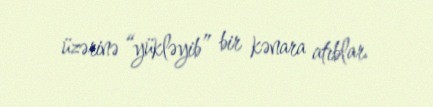
üzərinə “yükləyib” bir kənara atıblar.